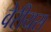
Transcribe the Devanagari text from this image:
वेरीयस